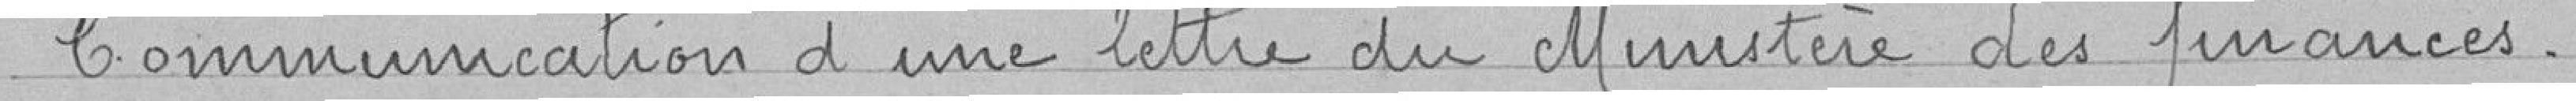
Communication d'une lettre du Ministère des finances.